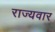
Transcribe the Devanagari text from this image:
राज्‍यवार